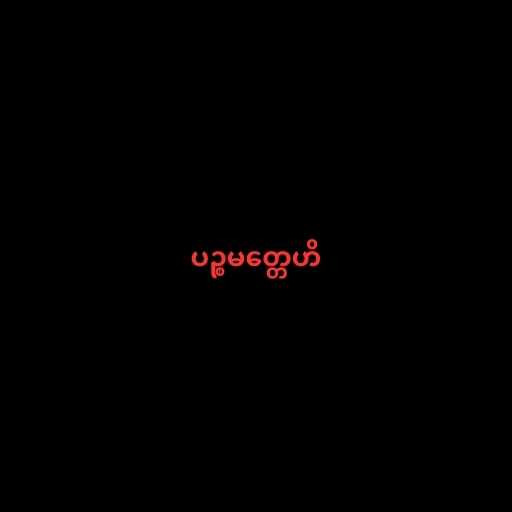
ပဉ္စမတ္တေဟိ